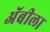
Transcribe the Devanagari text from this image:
अॅबीला